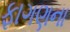
ફાગણના